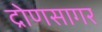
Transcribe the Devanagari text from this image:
द्रोणसागर